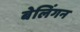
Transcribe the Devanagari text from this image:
बेलिंगन